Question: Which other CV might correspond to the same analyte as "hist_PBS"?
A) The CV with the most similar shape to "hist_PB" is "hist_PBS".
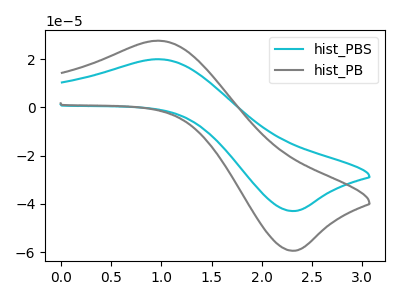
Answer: <think>The cyan curve "hist_PBS" has an anodic peak at (0.95V, 20.05uA) and a cathodic peak at (2.35V, -42.95uA). The gray curve "hist_PB" has an anodic peak at (0.95V, 27.70uA) and a cathodic peak at (2.35V, -59.45uA).
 All the peaks in "hist_PBS" have a peak in "hist_PB" at the same potential. Every peak in "hist_PBS" is lower than every peak in "hist_PB".</think>
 <answer>A) The CV with the most similar shape to "hist_PB" is "hist_PBS".</answer>
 <eval>A</eval>